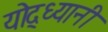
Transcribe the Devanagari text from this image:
योद्ध्यानी